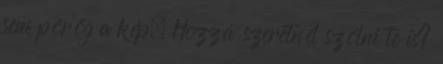
sem pörög a kép. Hozzá szeretnél szólni te is?